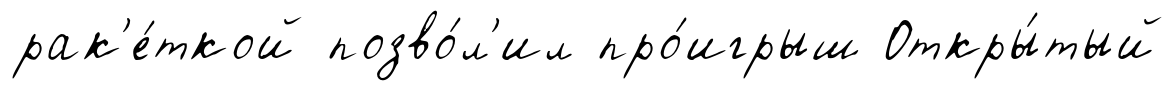
рак'е́ткой позво́л'ил про́игрыш Откры́тый